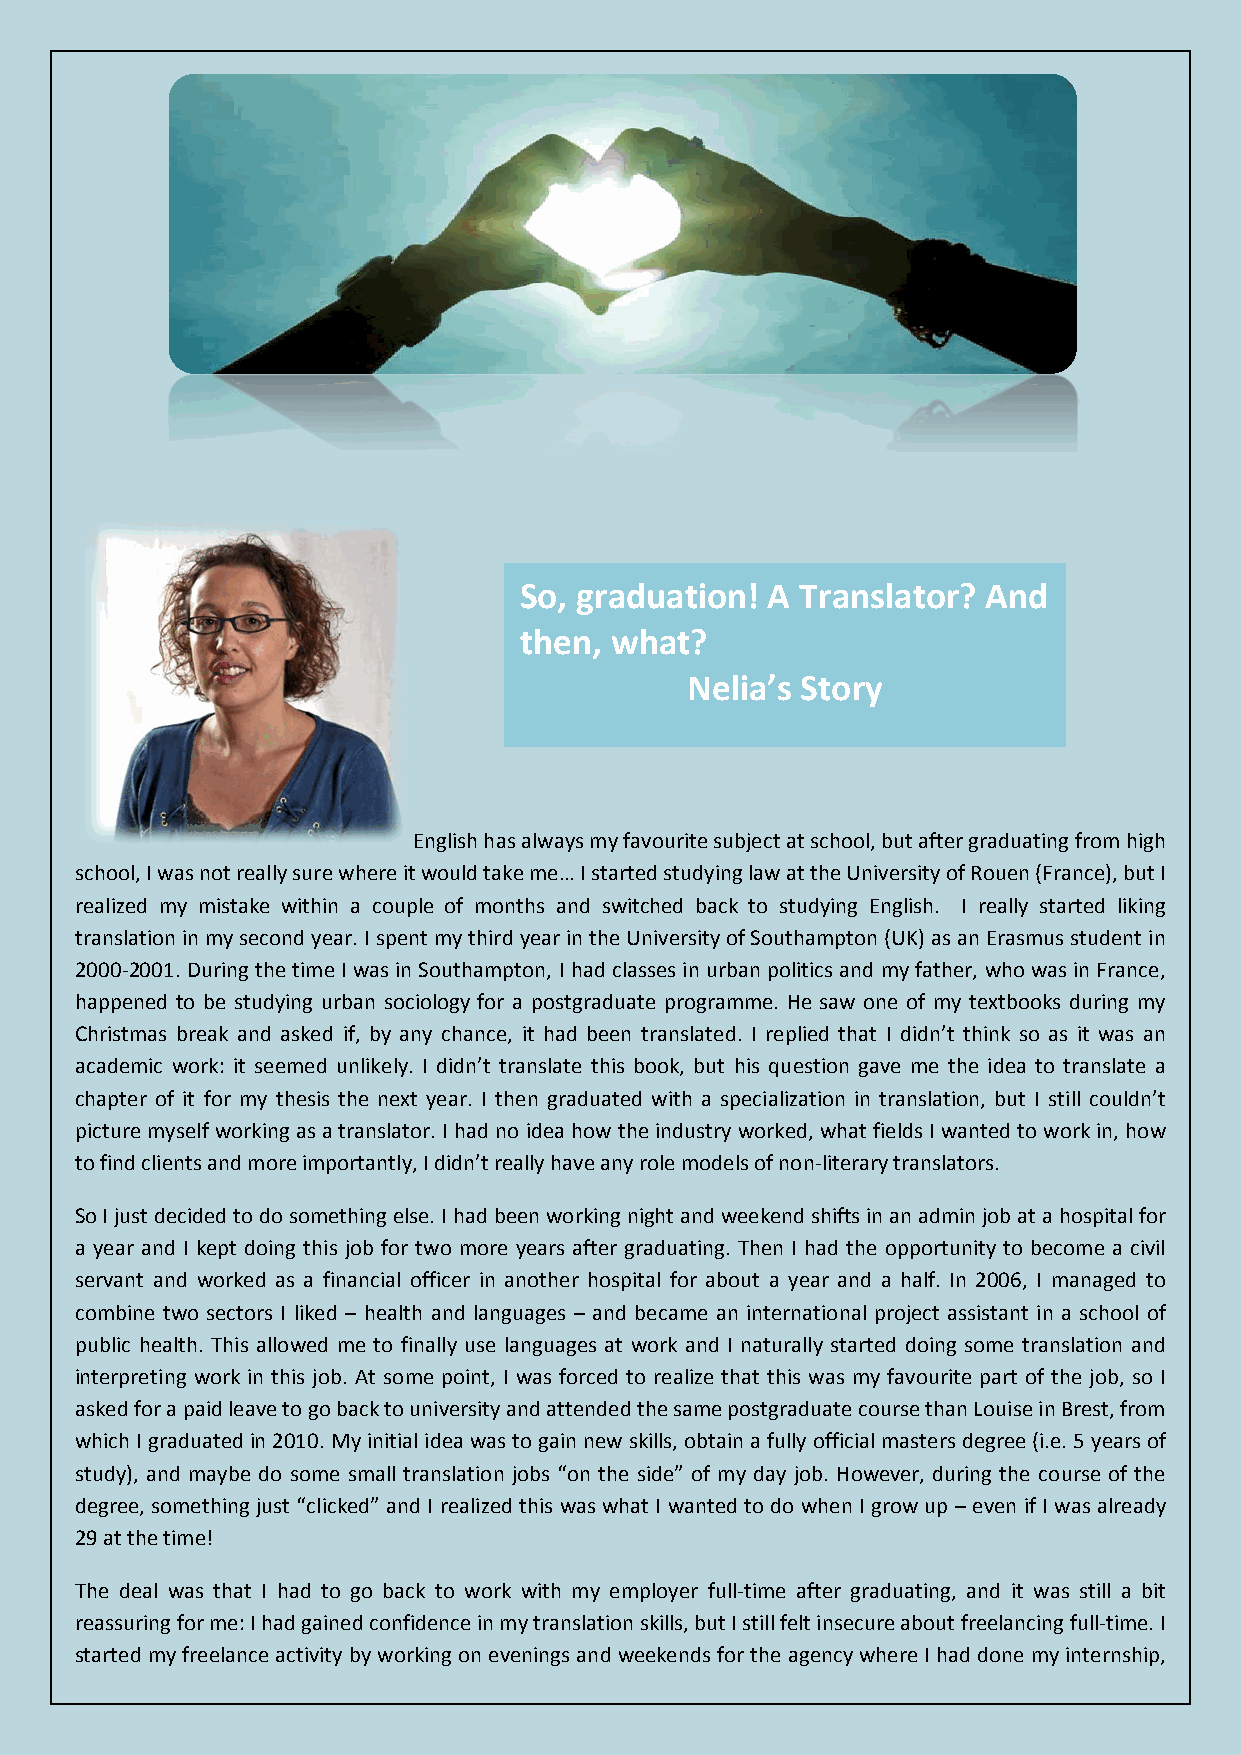
So, graduation!  A Translator? And
 then, what?
 Nelia’s Story
 English has always my favourite subject at school, but after graduating from high
 school, I was not really sure where it would take me… I started studying law at the University of Rouen (France), but I
 realized my mistake within a couple of months and switched back to studying English. I really started liking
 translation in my second year. I spent my third year in the University of Southampton (UK) as an Erasmus student in
 2000-2001. During the time I was in Southampton, I had classes in urban politics and my father, who was in France,
 happened to be studying urban sociology for a postgraduate programme. He saw one of my textbooks during my
 Christmas break and asked if, by any chance, it had been translated. I replied that I didn’t think so as it was an
 academic work: it seemed unlikely. I didn’t translate this book, but his question gave me the idea to translate a
 chapter of it for my thesis the next year. I then graduated with a specialization in translation, but I still couldn’t
 picture myself working as a translator. I had no idea how the industry worked, what fields I wanted to work in, how
 to find clients and more importantly, I didn’t really have any role models of non-literary translators.
 So I just decided to do something else. I had been working night and weekend shifts in an admin job at a hospital for
 a year and I kept doing this job for two more years after graduating. Then I had the opportunity to become a civil
 servant and worked as a financial officer in another hospital for about a year and a half. In 2006, I managed to
 combine two sectors I liked – health and languages – and became an international project assistant in a school of
 public health. This allowed me to finally use languages at work and I naturally started doing some translation and
 interpreting work in this job. At some point, I was forced to realize that this was my favourite part of the job, so I
 asked for a paid leave to go back to university and attended the same postgraduate course than Louise in Brest, from
 which I graduated in 2010. My initial idea was to gain new skills, obtain a fully official masters degree (i.e. 5 years of
 study), and maybe do some small translation jobs “on the side” of my day job. However, during the course of the
 degree, something just “clicked” and I realized this was what I wanted to do when I grow up – even if I was already
 29 at the time!
 The deal was that I had to go back to work with my employer full-time after graduating, and it was still a bit
 reassuring for me: I had gained confidence in my translation skills, but I still felt insecure about freelancing full-time. I
 started my freelance activity by working on evenings and weekends for the agency where I had done my internship,